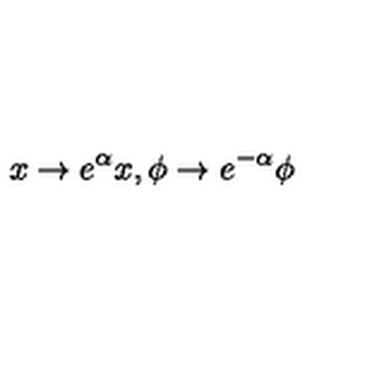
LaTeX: x \rightarrow e ^ { \alpha } x , \phi \rightarrow e ^ { - \alpha } \phi